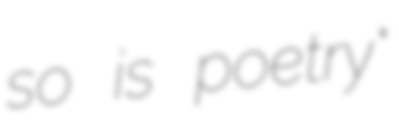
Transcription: so is poetry"